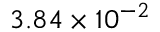
3 . 8 4 \times 1 0 ^ { - 2 }